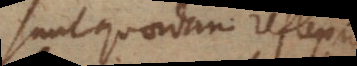
Sunt quaedam reflexiva